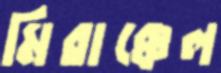
মিরাক্কেল